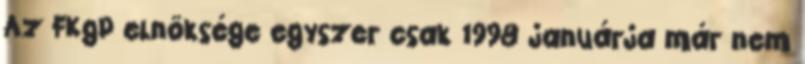
Az FKgP elnöksége egyszer csak 1998 januárja már nem